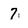
Character: 7